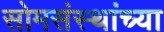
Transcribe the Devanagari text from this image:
सोमसंस्थांच्या